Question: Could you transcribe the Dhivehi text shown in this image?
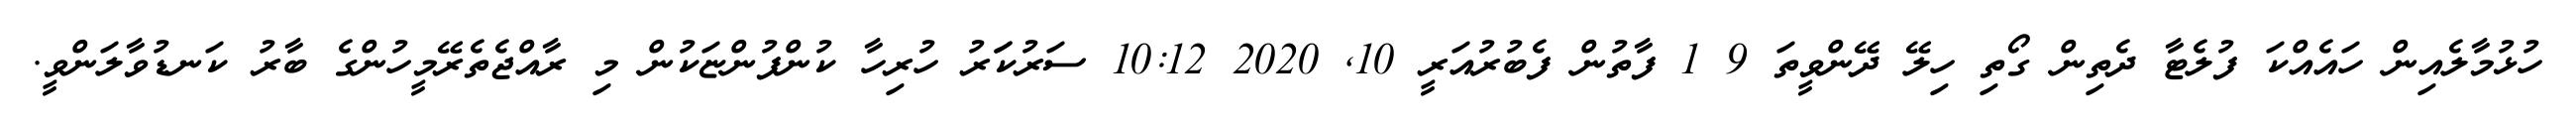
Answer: ހުޅުމާލެއިން ހައެއްކަ ފުލެޓާ ދެތިން ގޯތި ހިލޭ ދޭންވީތަ 9 1 ފާތުން ފެބުރުއަރީ 10, 2020 10:12 ސަރުކަަރު ހުރިހާ ކުންފުންޏަކުން މި ރާއްޖެތެރޭމީހުންގެ ބާރު ކަނޑުވާލަންވީ.